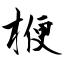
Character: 楩